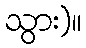
သွား)။